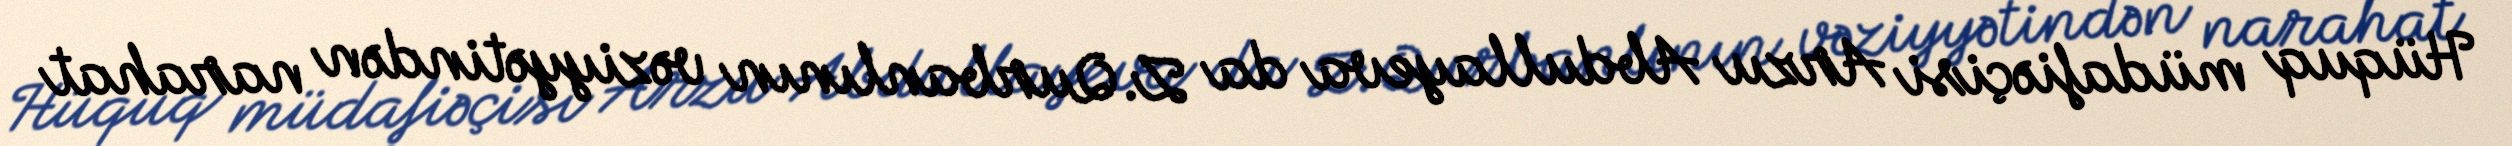
Hüquq müdafiəçisi Arzu Abdullayeva da Z.Qurbanlının vəziyyətindən narahat